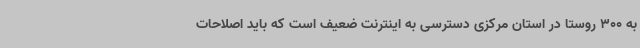
به 300 روستا در استان مرکزی دسترسی به اینترنت ضعیف است که باید اصلاحات